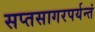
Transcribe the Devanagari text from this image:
सप्तसागरपर्यन्तं